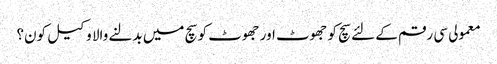
معمولی سی رقم کے لئے سچ کو جھوٹ اور جھوٹ کو سچ میں بدلنے والا وکیل کون؟